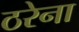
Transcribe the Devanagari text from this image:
ठरेना